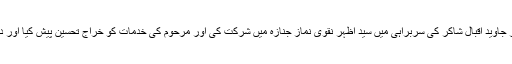
گجرات(جی پی آئی) انجمن امامیہ رجسٹرڈ گجرات کے عہدیداران نے صدر جاوید اقبال شاکر کی سربراہی میں سید اظہر نقوی نماز جنازہ میں شرکت کی اور مرحوم کی خدمات کو خراج تحسین پیش کیا اور دعا کی کہ اللہ تعالیٰ مرحوم کو جنت الفردوس میں اعلیٰ جگہ عطا فرمائے ۔